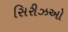
સિરીઝઓ